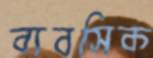
ব্যবসিক